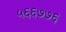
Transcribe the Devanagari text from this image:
५६६७७६